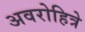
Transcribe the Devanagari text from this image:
अवरोहित्रे